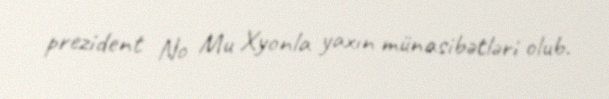
prezident No Mu Xyonla yaxın münasibətləri olub.